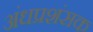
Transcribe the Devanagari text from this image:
अंधप्रशंसक